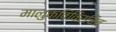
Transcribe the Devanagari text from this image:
मालुकविविरचित